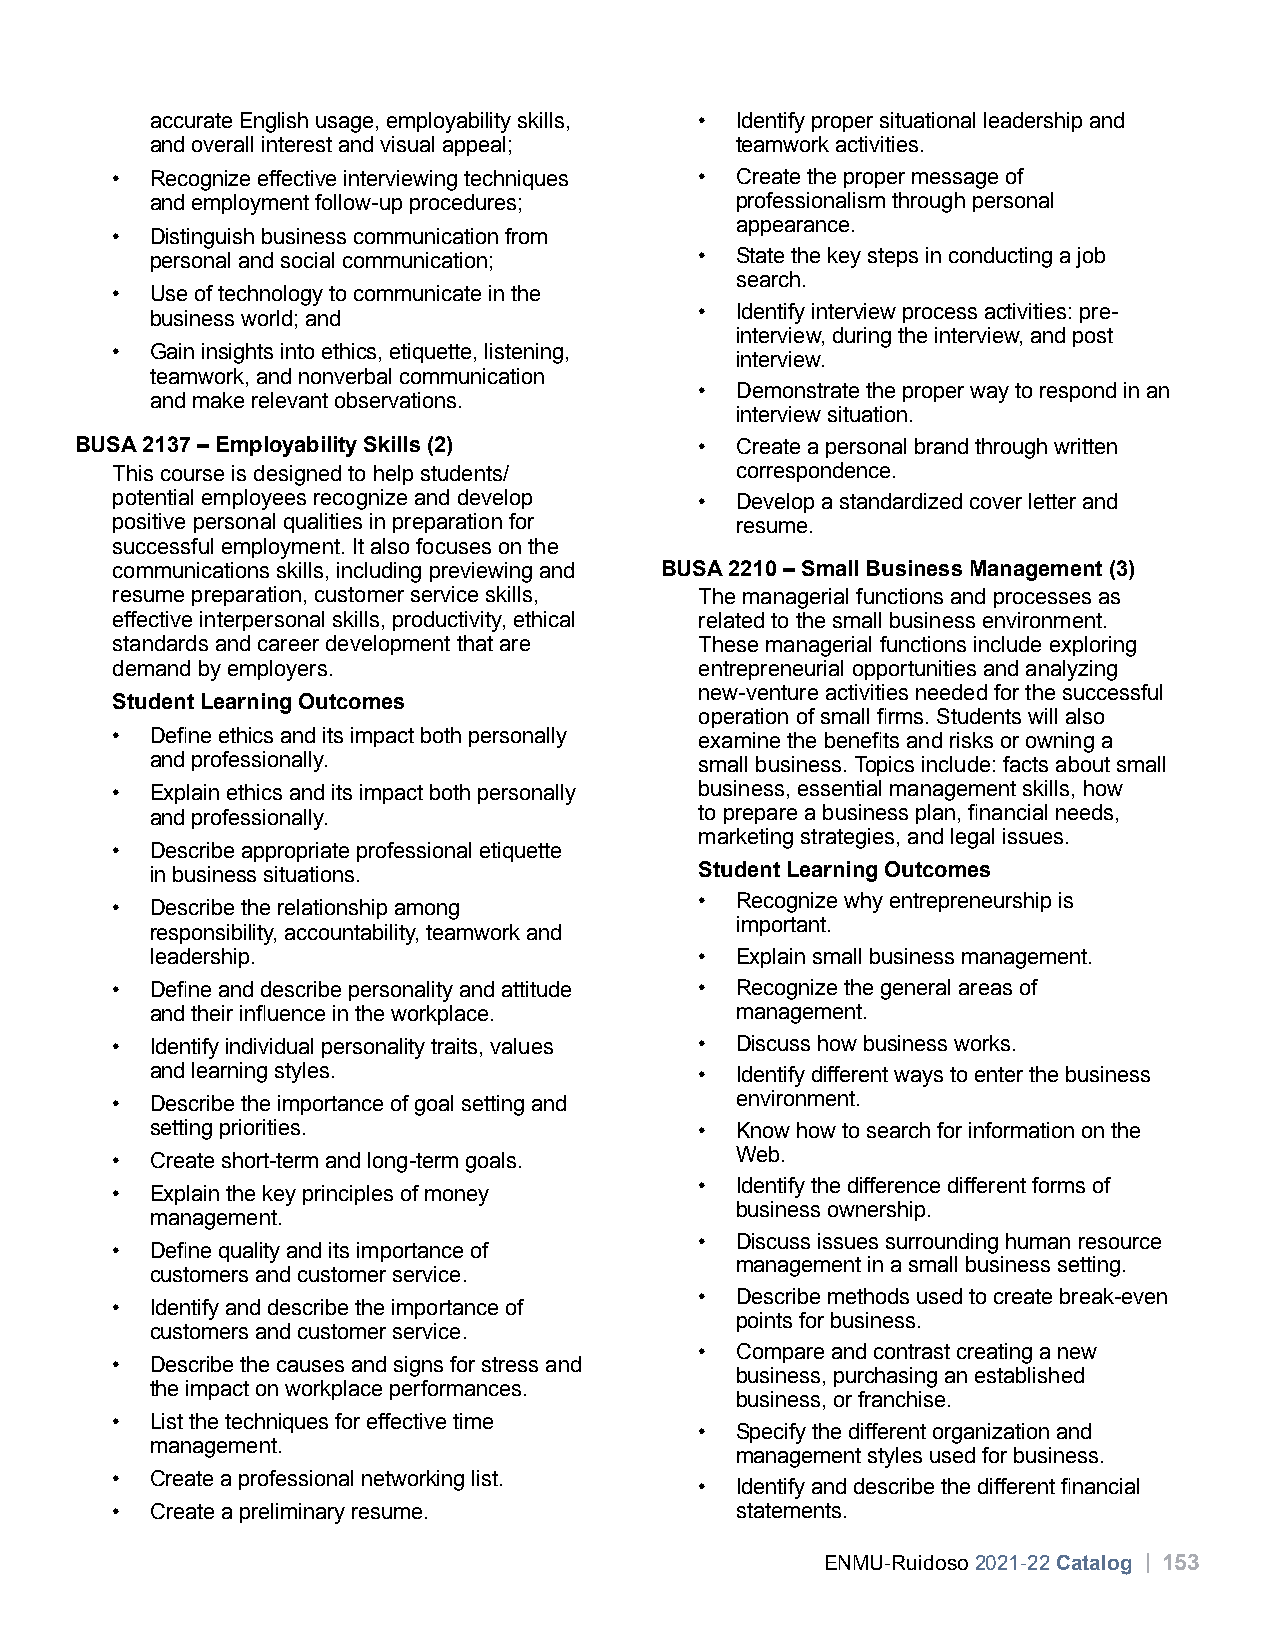
accurate English usage, employability skills, • Identify proper situational leadership and
 and overall interest and visual appeal; teamwork activities.
 •  Recognize effective interviewing techniques • Create the proper message of
 and employment follow-up procedures;   professionalism through personal
 appearance.
 •  Distinguish business communication from
 personal and social communication;  •  State the key steps in conducting a job
 search.
 •  Use of technology to communicate in the
 •  Identify interview process activities: pre-
 business world; and
 interview, during the interview, and post
 •  Gain insights into ethics, etiquette, listening,
 interview.
 teamwork, and nonverbal communication
 •  Demonstrate the proper way to respond in an
 and make relevant observations.
 interview situation.
 BUSA 2137 – Employability Skills (2)     •  Create a personal brand through written
 This course is designed to help students/ correspondence.
 potential employees recognize and develop • Develop a standardized cover letter and
 positive personal qualities in preparation for resume.
 successful employment. It also focuses on the
 communications skills, including previewing and BUSA 2210 – Small Business Management (3)
 resume preparation, customer service skills, The managerial functions and processes as
 effective interpersonal skills, productivity, ethical related to the small business environment.
 standards and career development that are These managerial functions include exploring
 demand by employers.                   entrepreneurial opportunities and analyzing
 new-venture activities needed for the successful
 Student Learning Outcomes
 operation of small firms. Students will also
 •  Define ethics and its impact both personally examine the benefits and risks or owning a
 and professionally.                 small business. Topics include: facts about small
 •  Explain ethics and its impact both personally business, essential management skills, how
 and professionally.                 to prepare a business plan, financial needs,
 marketing strategies, and legal issues.
 •  Describe appropriate professional etiquette
 in business situations.             Student Learning Outcomes
 •  Recognize why entrepreneurship is
 •  Describe the relationship among
 important.
 responsibility, accountability, teamwork and
 leadership.                         •  Explain small business management.
 •  Define and describe personality and attitude • Recognize the general areas of
 and their influence in the workplace.  management.
 •  Identify individual personality traits, values • Discuss how business works.
 and learning styles.                •  Identify different ways to enter the business
 •  Describe the importance of goal setting and environment.
 setting priorities.                 •  Know how to search for information on the
 Web.
 •  Create short-term and long-term goals.
 •  Identify the difference different forms of
 •  Explain the key principles of money
 business ownership.
 management.
 •  Discuss issues surrounding human resource
 •  Define quality and its importance of
 management in a small business setting.
 customers and customer service.
 •  Describe methods used to create break-even
 •  Identify and describe the importance of
 points for business.
 customers and customer service.
 •  Compare and contrast creating a new
 •  Describe the causes and signs for stress and
 business, purchasing an established
 the impact on workplace performances.
 business, or franchise.
 •  List the techniques for effective time
 •  Specify the different organization and
 management.
 management styles used for business.
 •  Create a professional networking list.
 •  Identify and describe the different financial
 •  Create a preliminary resume.           statements.
 ENMU-Ruidoso 2021-22 Catalog | 153